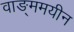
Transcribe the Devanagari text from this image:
वाङ्ममयीन